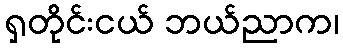
ရှတိုင်းငယ် ဘယ်ညာက၊